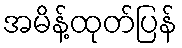
အမိန့်ထုတ်ပြန်